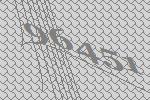
96451